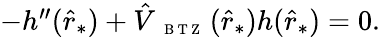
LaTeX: \begin{array}{r}{-h^{\prime\prime}(\hat{r}_{*})+\hat{V}_{\mathrm{~{~\scriptsize~B~T~Z~}~}}(\hat{r}_{*})h(\hat{r}_{*})=0.}\end{array}